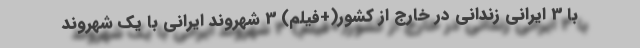
با 3 ایرانی زندانی در خارج از کشور(+فیلم) 3 شهروند ایرانی با یک شهروند